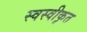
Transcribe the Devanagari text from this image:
स्वस्वीकृत